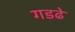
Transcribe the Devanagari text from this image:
गडढे